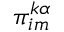
\pi _ { i m } ^ { k \alpha }